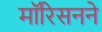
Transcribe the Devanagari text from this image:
मॉरिसनने